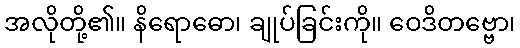
အလိုတို့၏။ နိရောဓော၊ ချုပ်ခြင်းကို။ ဝေဒိတဗ္ဗော၊